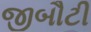
જીબૌટી